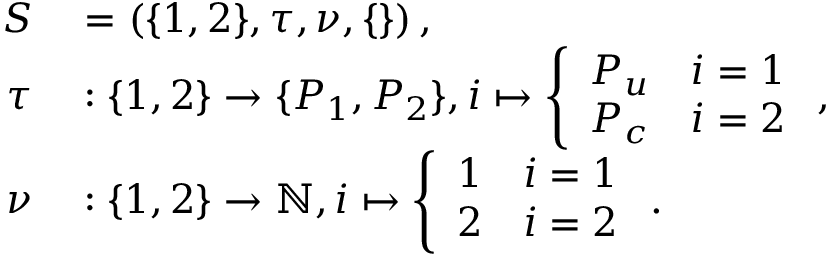
\begin{array} { r l } { S } & { { } = \left( \{ 1 , 2 \} , \tau , \nu , \{ \} \right) , } \\ { \tau } & { { } : \{ 1 , 2 \} \rightarrow \{ P _ { 1 } , P _ { 2 } \} , i \mapsto \left\{ \begin{array} { l l } { P _ { u } } & { i = 1 } \\ { P _ { c } } & { i = 2 } \end{array} \right. , } \\ { \nu } & { { } : \{ 1 , 2 \} \rightarrow \mathbb { N } , i \mapsto \left\{ \begin{array} { l l } { 1 } & { i = 1 } \\ { 2 } & { i = 2 } \end{array} \right. . } \end{array}